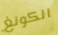
الكونغ